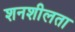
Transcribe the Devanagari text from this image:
शनशीलता